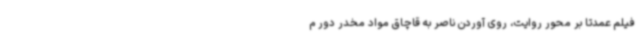
فیلم عمدتا بر محور روایت، روی آوردن ناصر به قاچاق مواد مخدر دور م